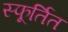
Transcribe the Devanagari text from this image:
स्फूर्तित